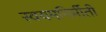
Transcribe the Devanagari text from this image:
स्वयमनिर्मीती